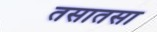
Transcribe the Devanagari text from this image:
तसातसा